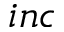
i n c